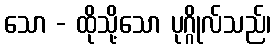
သော - ထိုသို့သော ပုဂ္ဂိုလ်သည်၊